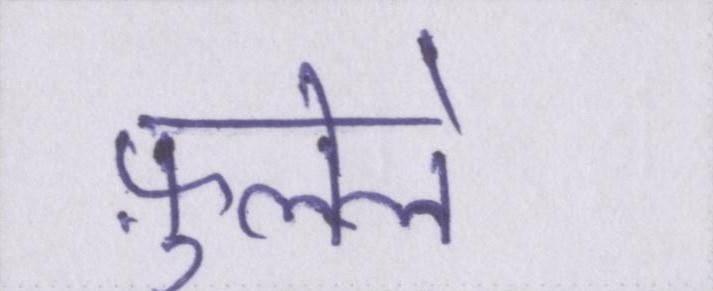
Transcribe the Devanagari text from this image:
फ़ुलेले